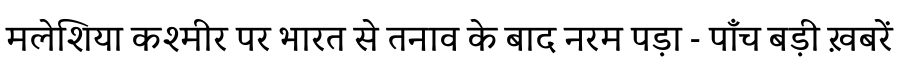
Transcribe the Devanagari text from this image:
मलेशिया कश्मीर पर भारत से तनाव के बाद नरम पड़ा - पाँच बड़ी ख़बरें